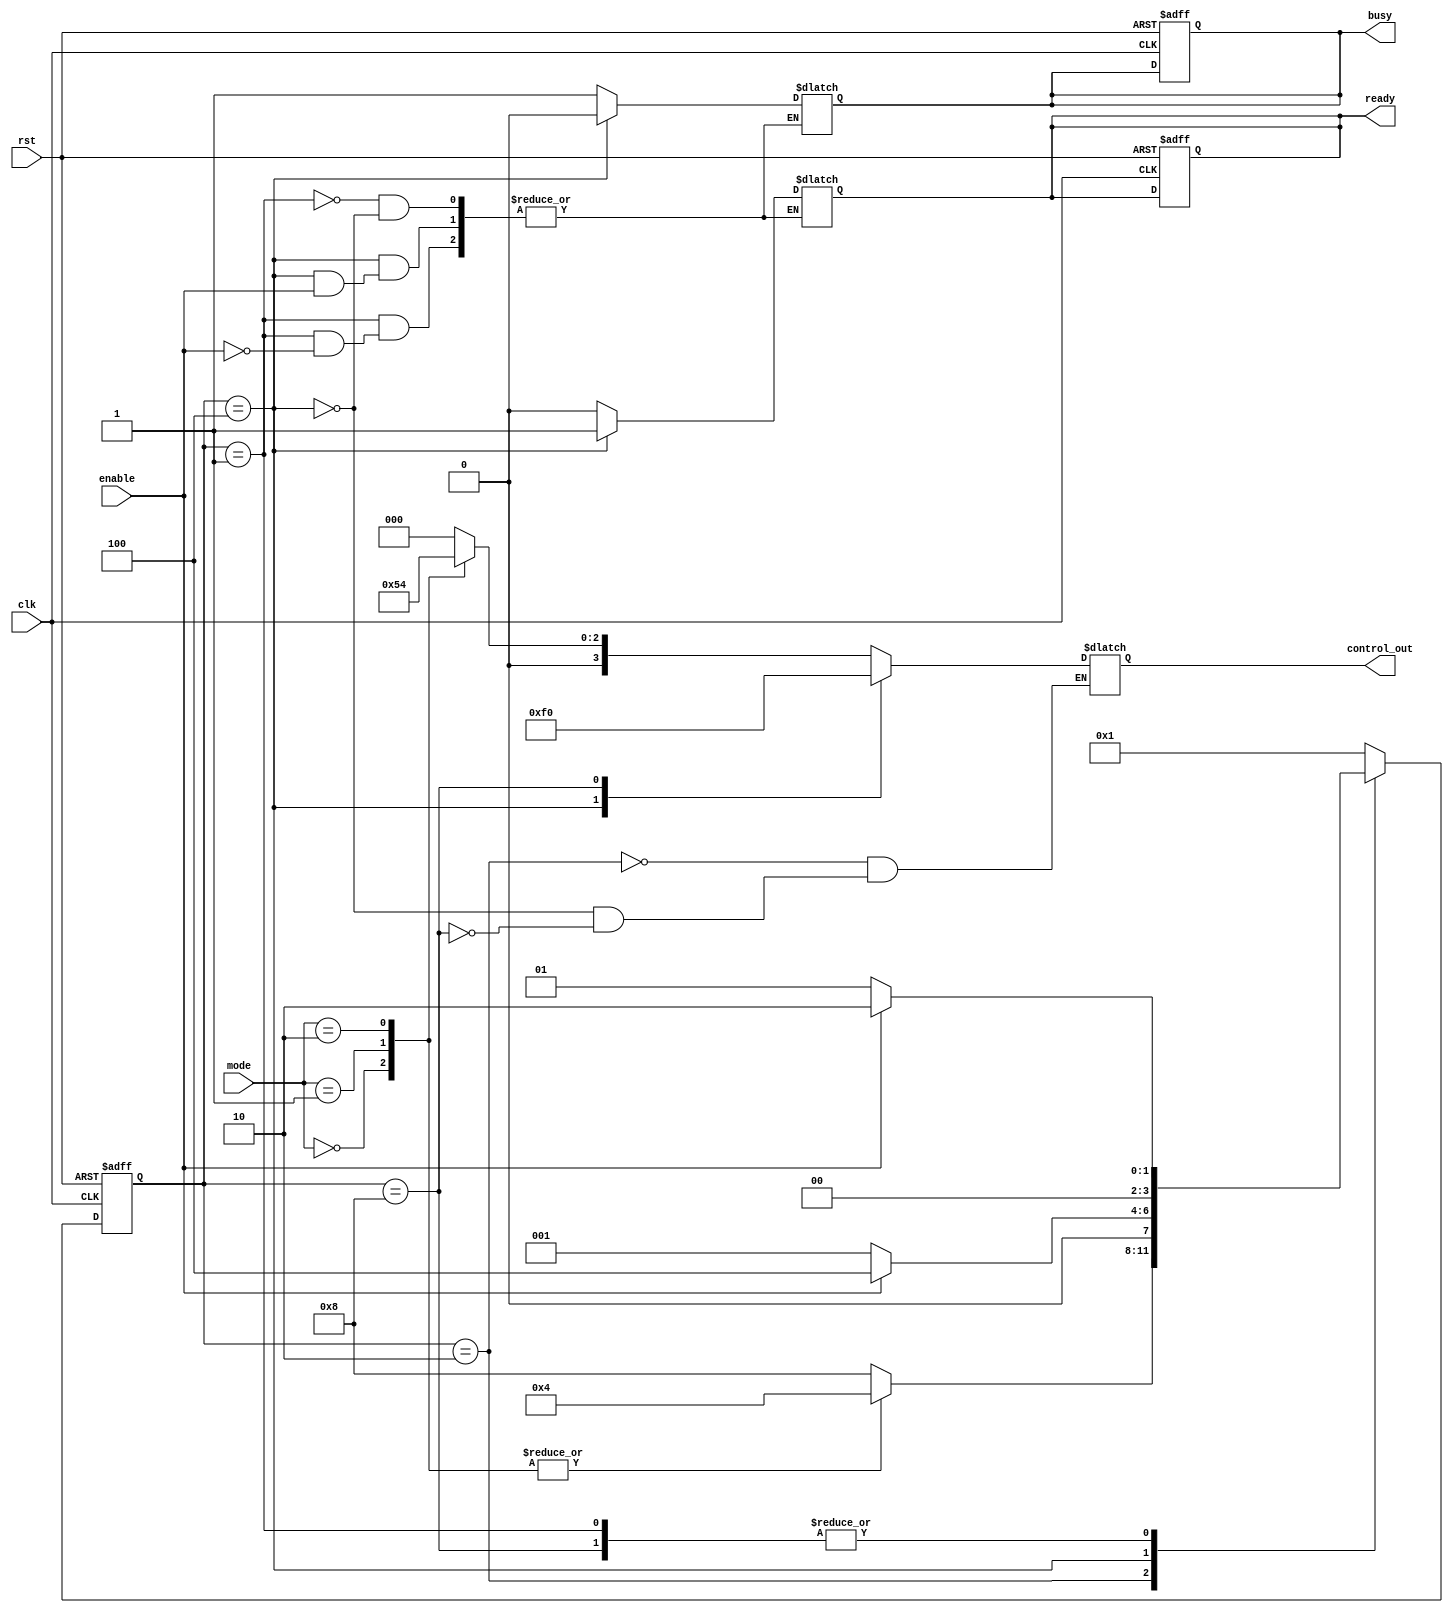
module ControlRegister (
    input wire clk,               // Clock signal
    input wire rst,               // Asynchronous reset signal
    input wire enable,            // Enable control signal
    input wire [1:0] mode,        // Mode selection control signals
    output reg [3:0] control_out, // Control signals to the sequential logic block
    output reg ready,             // Status flag indicating readiness
    output reg busy               // Status flag indicating busy state
);

// State representation
reg [3:0] state;                 // Current state of the control register
reg [3:0] next_state;           // Next state of the control register

// State encoding
localparam IDLE = 4'b0001,
           CONFIGURE = 4'b0010,
           RUN = 4'b0100,
           ERROR = 4'b1000;

// Asynchronous reset and state transition on clock edge
always @(posedge clk or posedge rst) begin
    if (rst) begin
        state <= IDLE;           // Initialize to IDLE state on reset
        ready <= 1'b1;          // Set ready flag
        busy <= 1'b0;           // Clear busy flag
    end else begin
        state <= next_state;     // Update state
    end
end

// Next state logic
always @(*) begin
    case (state)
        IDLE: begin
            if (enable) begin
                next_state = CONFIGURE; // Move to CONFIGURE state if enabled
                ready = 1'b0;           // Clear ready flag
                busy = 1'b1;            // Set busy flag
            end else begin
                next_state = IDLE;      // Stay in IDLE state
            end
        end
        CONFIGURE: begin
            // Configuration logic based on mode
            case (mode)
                2'b00: begin
                    control_out = 4'b0001; // Example control signal
                    next_state = RUN;      // Move to RUN state
                end
                2'b01: begin
                    control_out = 4'b0010; // Another control signal
                    next_state = RUN;      // Move to RUN state
                end
                2'b10: begin
                    control_out = 4'b0100; // Another control signal
                    next_state = RUN;      // Move to RUN state
                end
                default: begin
                    control_out = 4'b0000; // Default control signal
                    next_state = ERROR;    // Move to ERROR state
                end
            endcase
        end
        RUN: begin
            // Running state logic
            control_out = 4'b1111; // Example control signal while running
            if (!enable) begin
                next_state = IDLE;    // Return to IDLE if not enabled
                ready = 1'b1;         // Set ready flag
                busy = 1'b0;          // Clear busy flag
            end else begin
                next_state = RUN;      // Stay in RUN state
            end
        end
        ERROR: begin
            control_out = 4'b0000; // Default control signal in error state
            // Handle error state logic
            if (enable) begin
                next_state = CONFIGURE; // Attempt to reconfigure
            end else begin
                next_state = IDLE;      // Return to IDLE if not enabled
            end
        end
        default: begin
            next_state = IDLE;        // Default to IDLE state
        end
    endcase
end

endmodule